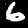
Label: 6